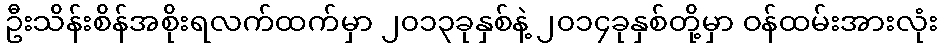
ဦးသိန်းစိန်အစိုးရလက်ထက်မှာ ၂၀၁၃ခုနှစ်နဲ့ ၂၀၁၄ခုနှစ်တို့မှာ ဝန်ထမ်းအားလုံး